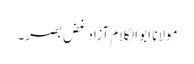
مولانا ابو الکلام آزاد غضِ بصر۔